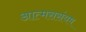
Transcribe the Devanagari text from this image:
आत्मससंयम